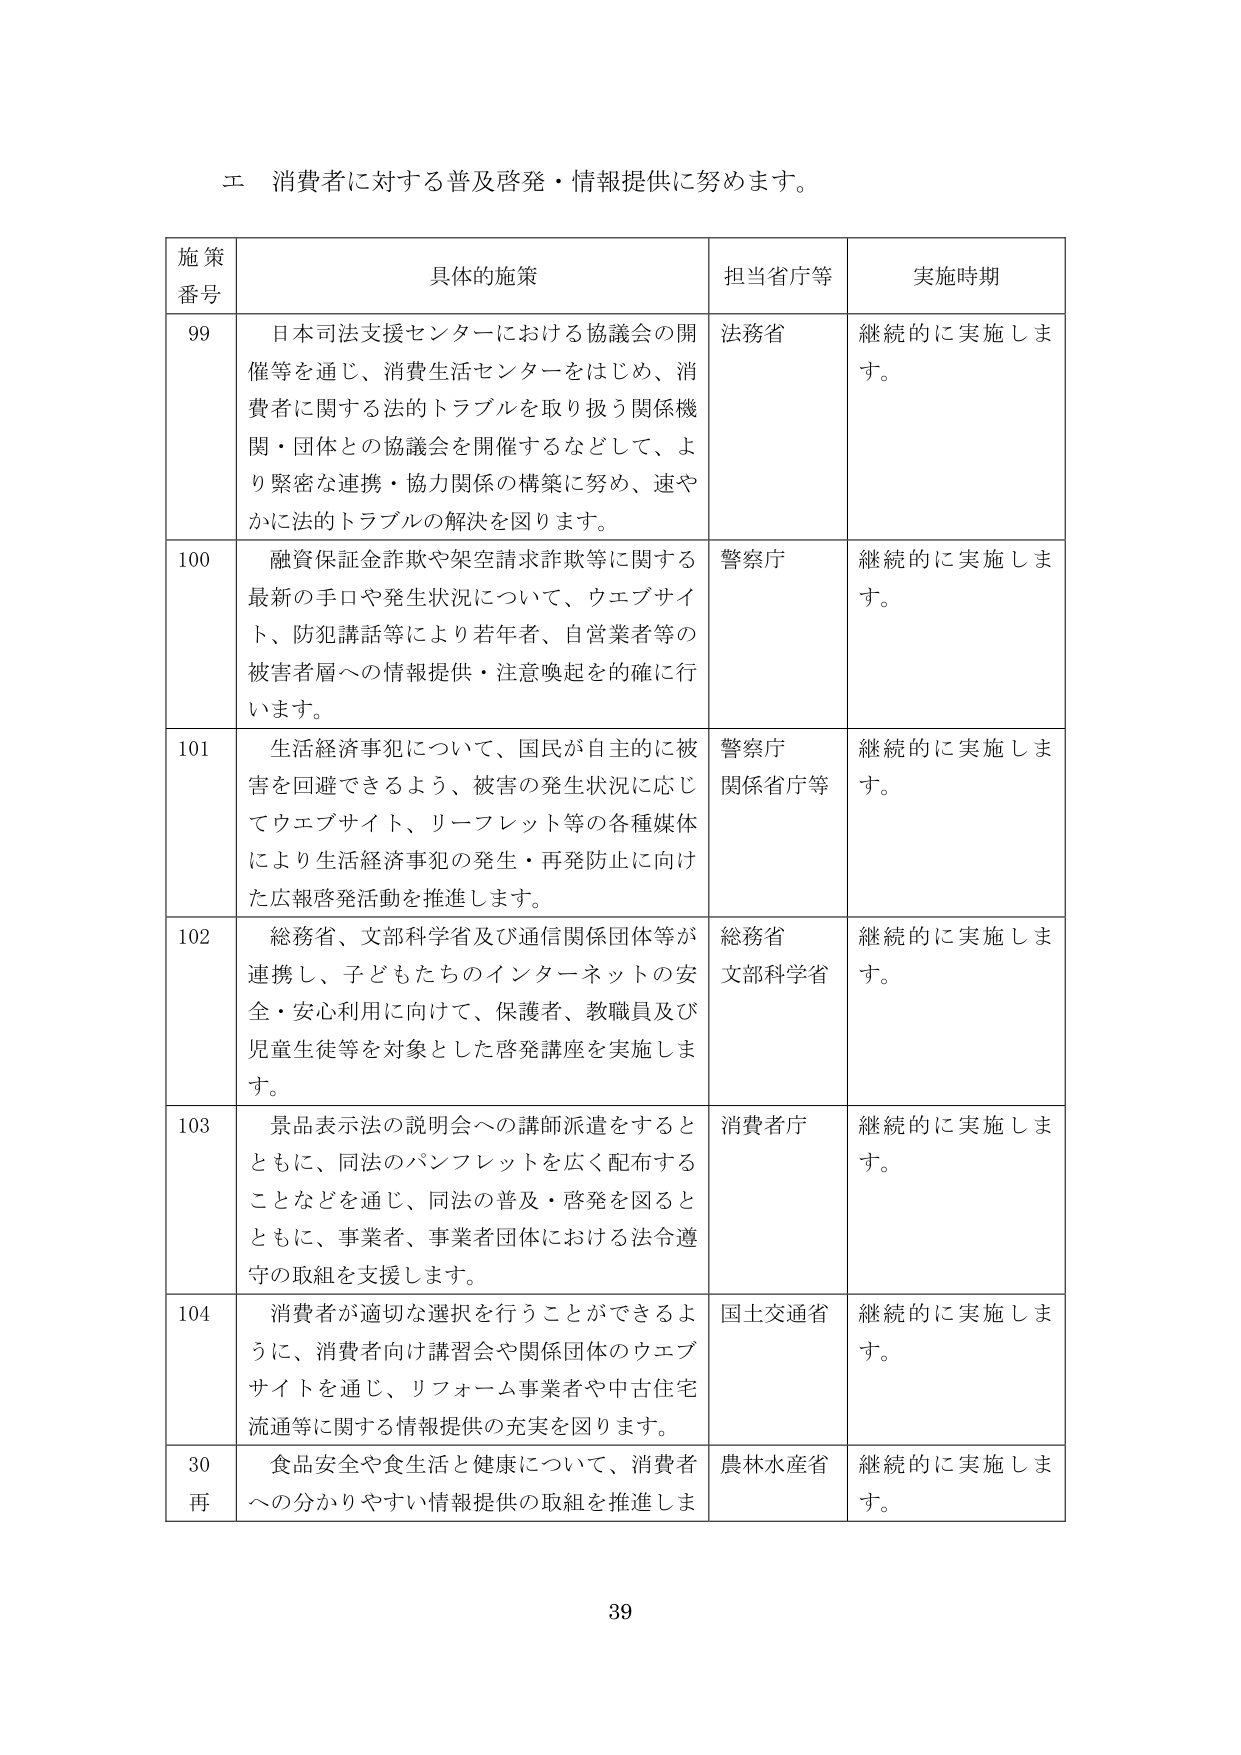
エ 消費者に対する普及啓発・情報提供に努めます。

施策
番号	具体的施策	担当省庁等	実施時期
99	日本司法支援センターにおける協議会の開催等を通じ、消費生活センターをはじめ、消費者に関する法的トラブルを取り扱う関係機関・団体との協議会を開催するなどして、より緊密な連携・協力関係の構築に努め、速やかに法的トラブルの解決を図ります。	法務省	継続的に実施します。
100	融資保証金詐欺や架空請求詐欺等に関する最新の手口や発生状況について、ウェブサイト、防犯講話等により若年者、自営業者等の被害者層への情報提供・注意喚起を的確に行います。	警察庁	継続的に実施します。
101	生活経済事犯について、国民が自主的に被害を回避できるよう、被害の発生状況に応じてウェブサイト、リーフレット等の各種媒体により生活経済事犯の発生・再発防止に向けた広報啓発活動を推進します。	警察庁
関係省庁等	継続的に実施します。
102	総務省、文部科学省及び通信関係団体等が連携し、子どもたちのインターネットの安全・安心利用に向けて、保護者、教職員及び児童生徒等を対象とした啓発講座を実施します。	総務省
文部科学省	継続的に実施します。
103	景品表示法の説明会への講師派遣をするとともに、同法のパンフレットを広く配布することなどを通じ、同法の普及・啓発を図るとともに、事業者、事業者団体における法令遵守の取組を支援します。	消費者庁	継続的に実施します。
104	消費者が適切な選択を行うことができるよう、消費者向け講習会や関係団体のウェブサイトを通じ、リフォーム事業者や中古住宅流通等に関する情報提供の充実を図ります。	国土交通省	継続的に実施します。
30
再	食品安全や食生活と健康について、消費者への分かりやすい情報提供の取組を推進します。	農林水産省	継続的に実施します。

39